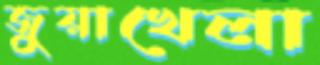
জুয়াখেলা